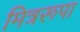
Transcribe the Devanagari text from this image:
मित्ररूपा